Vital statistics of India. Vol. VI, European troops 1870-79
Year: 1870
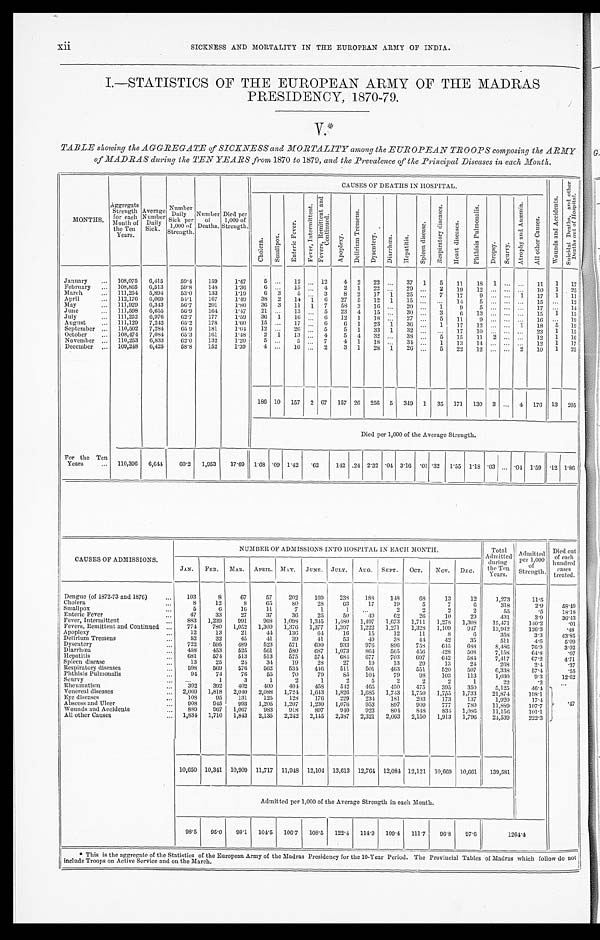
xii
SICKNESS AND MORTALITY IN THE EUROPEAN ARMY OF INDIA.
I.—STATISTICS OF THE EUROPEAN ARMY OF THE MADRAS
PRESIDENCY, 1870-79.
V.*
TABLE showing the AGGREGATE of SICKNESS and MORTALITY among the EUROPEAN TROOPS composing the ARMY
of MADRAS during the TEN YEARS from 1870 to 1879, and the Prevalence of the Principal Diseases in each Month.
MONTHS.
Aggregate
Strength
for each
Month of
the Ten
Years.
Average
Number
Daily
Sick.
Number
Daily
Sick per
1,000 of
Strength.
Number
of
Deaths.
Died per
1,000 of
Strength.
CAUSES OF DEATHS IN HOSPITAL.
W o u n d s a n d A c c i d e n t s .
S u i c i d a l D e a t h s , a n d o t h e r D e a t h s o u t o f H o s p i t a l .
C h o l e r a .
S m a l l p o x .
Enteric Fever.
F e v e r s . F e v e r , I n t e r m i t t e n t .
F e v e r s , R E m i t t e n t a n d C o n t i n u e d .
A p o p l e x y .
D e l i r i u m T r e m e n s .
D y s e n t e r y .
D i a r r h œ a . H e p a t i t i s .
S p l e e n d i s e a s e .
Respiratory disease.
H e a r t d i s e a s e s .
P h t h i s i s P u l m o n a l i s .
D r o p s y . S c u r v y .
A t r o p h y a n d A n æ m i a .
A l l o t h e r C a u s e s .
January
... 108,075
6,415
59.4
159
1.47
5 ...
12 ... 12
4 2
22 ...
37 1
5
11
18 1 ...
...
11
1
17
February
... 108,865
6,513
59.8
148
1.36
6 ...
15 ... 4
2 1
22 ...
29 ...
2
19
12 ... ...
. . . 10
1 25
March
... 111,254 5,894
53.0
133
1.19
6 3
5
. . . 3
8 2
17 1
25
. . . 7
17
9
. . .
. . . 1
17
1
11
April
... 112,176 6,069
54.1
167
1.49
38 2
14 1 6
27 5
12 1
15 ...
. . . 14
5 ...
. . . ...
15
. . . 12
M a y . . .
111,929
6,343
56.7
201
1.80
36 3
11 1 7
58 3
16 ...
20 ...
1
9
5
. . .
. . .
. . .
1 7
. . .
1 4
J u n e . . .
111,598
6,655
56.9
164
1.47
21 ...
13
. . . 5
23 4
15 ...
30 ...
3
6 13 ... ... ...
15 1
15
July
... 111,252
6,976
62.7
177
1.59
36 1
16 ... 6
12 1
18 ...
27 ...
5
11
9 ... ... ...
16
. . . 19
August
... 111,129
7,242
65.2
178
1.60
15 ...
17 ... 6
6 1
23 1
36 ...
1
17
12 ... ... 1
18
5
19
September ... 110,502 7,284
65.9
181
1.64
12 ...
26 ... 5
5 1
33 1
32
. . . ...
17
10 ... ... ...
23
1
15
October ...
108,474 7,084
65.3
161
1.48
2 1
13
. . . 4
5 4
32 ...
38
. . .
5
15
1 1 2 ... ...
12
1
16
November ... 110,253
6,833
62.0
132
1.20
5 ...
5
. . . 7
4 1
18 ...
34 ...
1
13
14 ... ... ...
12
1
17
December ... 109,248
6,425
58.8
152
1.39
4 ...
10 ... 2
3 1
28 1
26 ...
5
22
12
. . .
. . .
2
10
1
25
186 10 157 2 67 157 26 256 5 349 1 35 171 130 3 ... 4 176 13 205
Died per 1,000 of the Average Strengths.
For the Ten
Years
... 110,396 6,644
60.2 1,953
17.69 1.68
. 0 9 1.42 .62
142 .24 2.32 .04 3.16
. 0 1
. 3 2 1.55 1.18
. 0 3 ...
. 0 4 1.59 .12 1.86
CAUSES OF ADMISSIONS.
NUMBER OF ADMISSIONS INTO HOSPITAL IN EACH MONTH.
Total
Admitted
during
the Ten Years.
Admitted
per 1,000
of
Strength.
Died out
of each
hundred
cases
treated.
JAN. FEB. MAR. APRIL. MAY. JUNE. JULY. AUG. SEPT.
OCT.
NOV. DEC.
Dengue (of 1872-73 and 1876)
...
103
8
67
57
202
169
238
188
148
68
13
12
1,273
11.5
Cholera
...
8
12
8
65
80
28
63
17
19
5
7
6
318
2.9
58.49
Smallpox
...
5
6
16
11
7
1
1
...
2
2
2
2
55
.5
18.18
Enteric Fever
...
47
33
27
37
36
25
50
49
62
26
10
29
431
3.9
36.43
Fever, Intermittent
883 1,239
991
968 1,098
1,345
1,480 1,497 1,673
1,711
1,278
1,308
15,471
140.2
. 0 1
Fevers, Remittent and Continued ...
774
780
1,052 1,309 1,376 1,377
1,397
1,222 1,271
1,328 1,109
947
13,942
126.3
. 4 8
Apoplexy
12
13
21
4 4
136
64
16
15
12
11
8
6
358
3.3
43.85
Delirium Tremens
...
52
32
45
41
39
41
53
49
38
44
42
35
511
4.6
5.09
Dysentery
...
722
595
489
523
571
690
933
976
896
758
645
688
8,486
76.9
3.02
Diarrhoea
...
458
453
525
561
580
687
1,073
864
565
456
428
508
7,158
64.8
. 0 7
Hepatitis
681
574
513
513
575
574
684
677
703
697
642
584
7,417
67.2
4.71
Spleen disease
. . .
13
25
24
34
19
28
27
19
13
29
13
24
268
2.4
. 3 7
Respiratory diseases
598
569
576
562
534
446
511
501
463
551
520
507
6,338
57.4
. 5 5
Phthisis Pulmonalis
...
94
74
76
55
70
79
85
104
79
9 8
103
113
1,030
9.3
12.62
Scurvy
...
...
1
3
1
2
1
2
5
2
2
2
1
22
.2
. . .
Rheumatism
. . .
392
392
402
400
404
458
542
465
450
475
395
350
5,125
46.4
Venereal diseases
. . . 2,069 1,818 2,040 2,088 1,724 1,643
1,826 1,685 1,743 1,750
1,755 1,733
21,874
198.1
Eye diseases
...
108
95
131
125
128
176
229
234
181
203
173
137
1,920
17.4
Abscess and Ulcer
908
945
993
1,205
1,207
1,230 1,076
953
897
909
777
789 11,889
107.7
. 4 7
Wounds and Accidents
...
889
967
1,067
983
918
897
940
923
804
848
834 1,086 11,156
101.1
All other Causes
... 1,834 1,710 1,843
2,135
2,242 2,145 2,387 2,321 2,063
2,150
1,913 1,796
24,539
222.3
10,650 10,341 10,909 11,717 11,948 12,104 13,613 12,764 12,084 12,121 10,669 10,661
139,581
Admitted per 1,000 of the Average Strength in each Month.
98.5
95.0 98.1 104.5 106.7 108.5 122.4 114.9 109.4 111.7
9 6 . 8 97.6
1264.4
* This is the aggregate of the Statistics of the European Army of the Madras Presidency for the 10-Year Period. The Provincial Tables of Madras which follow do not
include Troops on Active Service and on the March .